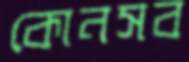
কোনসব